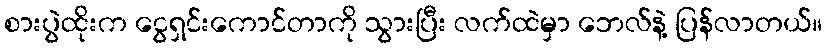
စားပွဲထိုးက ငွေရှင်းကောင်တာကို သွားပြီး လက်ထဲမှာ ဘေလ်နဲ့ ပြန်လာတယ်။